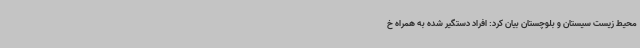
محیط زیست سیستان و بلوچستان بیان کرد: افراد دستگیر شده به همراه خ